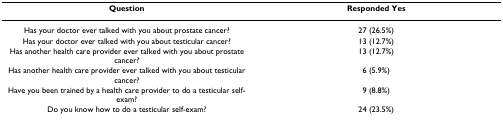
<table><thead><tr><td><b>Question</b></td><td><b>Responded Yes</b></td></tr></thead><tbody><tr><td>Has your doctor ever talked with you about prostate cancer?</td><td>27 (26.5%)</td></tr><tr><td>Has your doctor ever talked with you about testicular cancer?</td><td>13 (12.7%)</td></tr><tr><td>Has another health care provider ever talked with you about prostate cancer?</td><td>13 (12.7%)</td></tr><tr><td>Has another health care provider ever talked with you about testicular cancer?</td><td>6 (5.9%)</td></tr><tr><td>Have you been trained by a health care provider to do a testicular self-exam?</td><td>9 (8.8%)</td></tr><tr><td>Do you know how to do a testicular self-exam?</td><td>24 (23.5%)</td></tr></tbody></table>